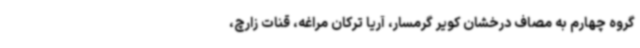
گروه چهارم به مصاف درخشان کویر گرمسار، آریا ترکان مراغه، قنات زارچ،